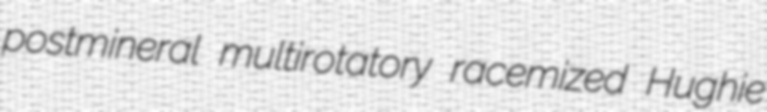
postmineral multirotatory racemized Hughie